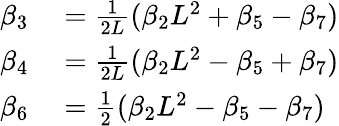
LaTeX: \begin{array}{rl}{\beta_{3}}&{{}=\frac{1}{2L}(\beta_{2}L^{2}+\beta_{5}-\beta_{7})}\\ {\beta_{4}}&{{}=\frac{1}{2L}(\beta_{2}L^{2}-\beta_{5}+\beta_{7})}\\ {\beta_{6}}&{{}=\frac{1}{2}(\beta_{2}L^{2}-\beta_{5}-\beta_{7})}\end{array}